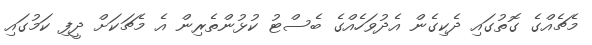
މެޗެއްގެ ގޮތުގައި ދެކިގެން އެދުވަހެއްގެ ބެސްޓު ކުޅުންތެރިން އެ މެޗަކަށް ދީފި ކަމުގައި